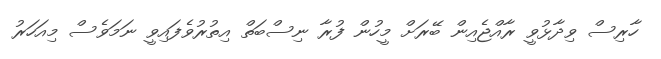
ހާރިސް ވިދާޅުވީ ރާއްޖެއިން ބޭރަށް މީހުން ފުރާ ނިސްބަތް އިތުރުވެފައިވީ ނަމަވެސް މިއަހަރު